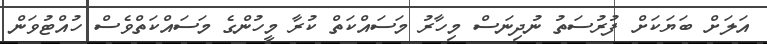
އަލަށް ބަޔަކަށް ފުރުސަތު ނުދިނަސް މިހާރު މަސައްކަތް ކުރާ މީހުންގެ މަސައްކަތްވެސް ހުއްޓުވަން